38_143685_box_Incident_Summaries_101-172
Agency: Department of War
Page 167
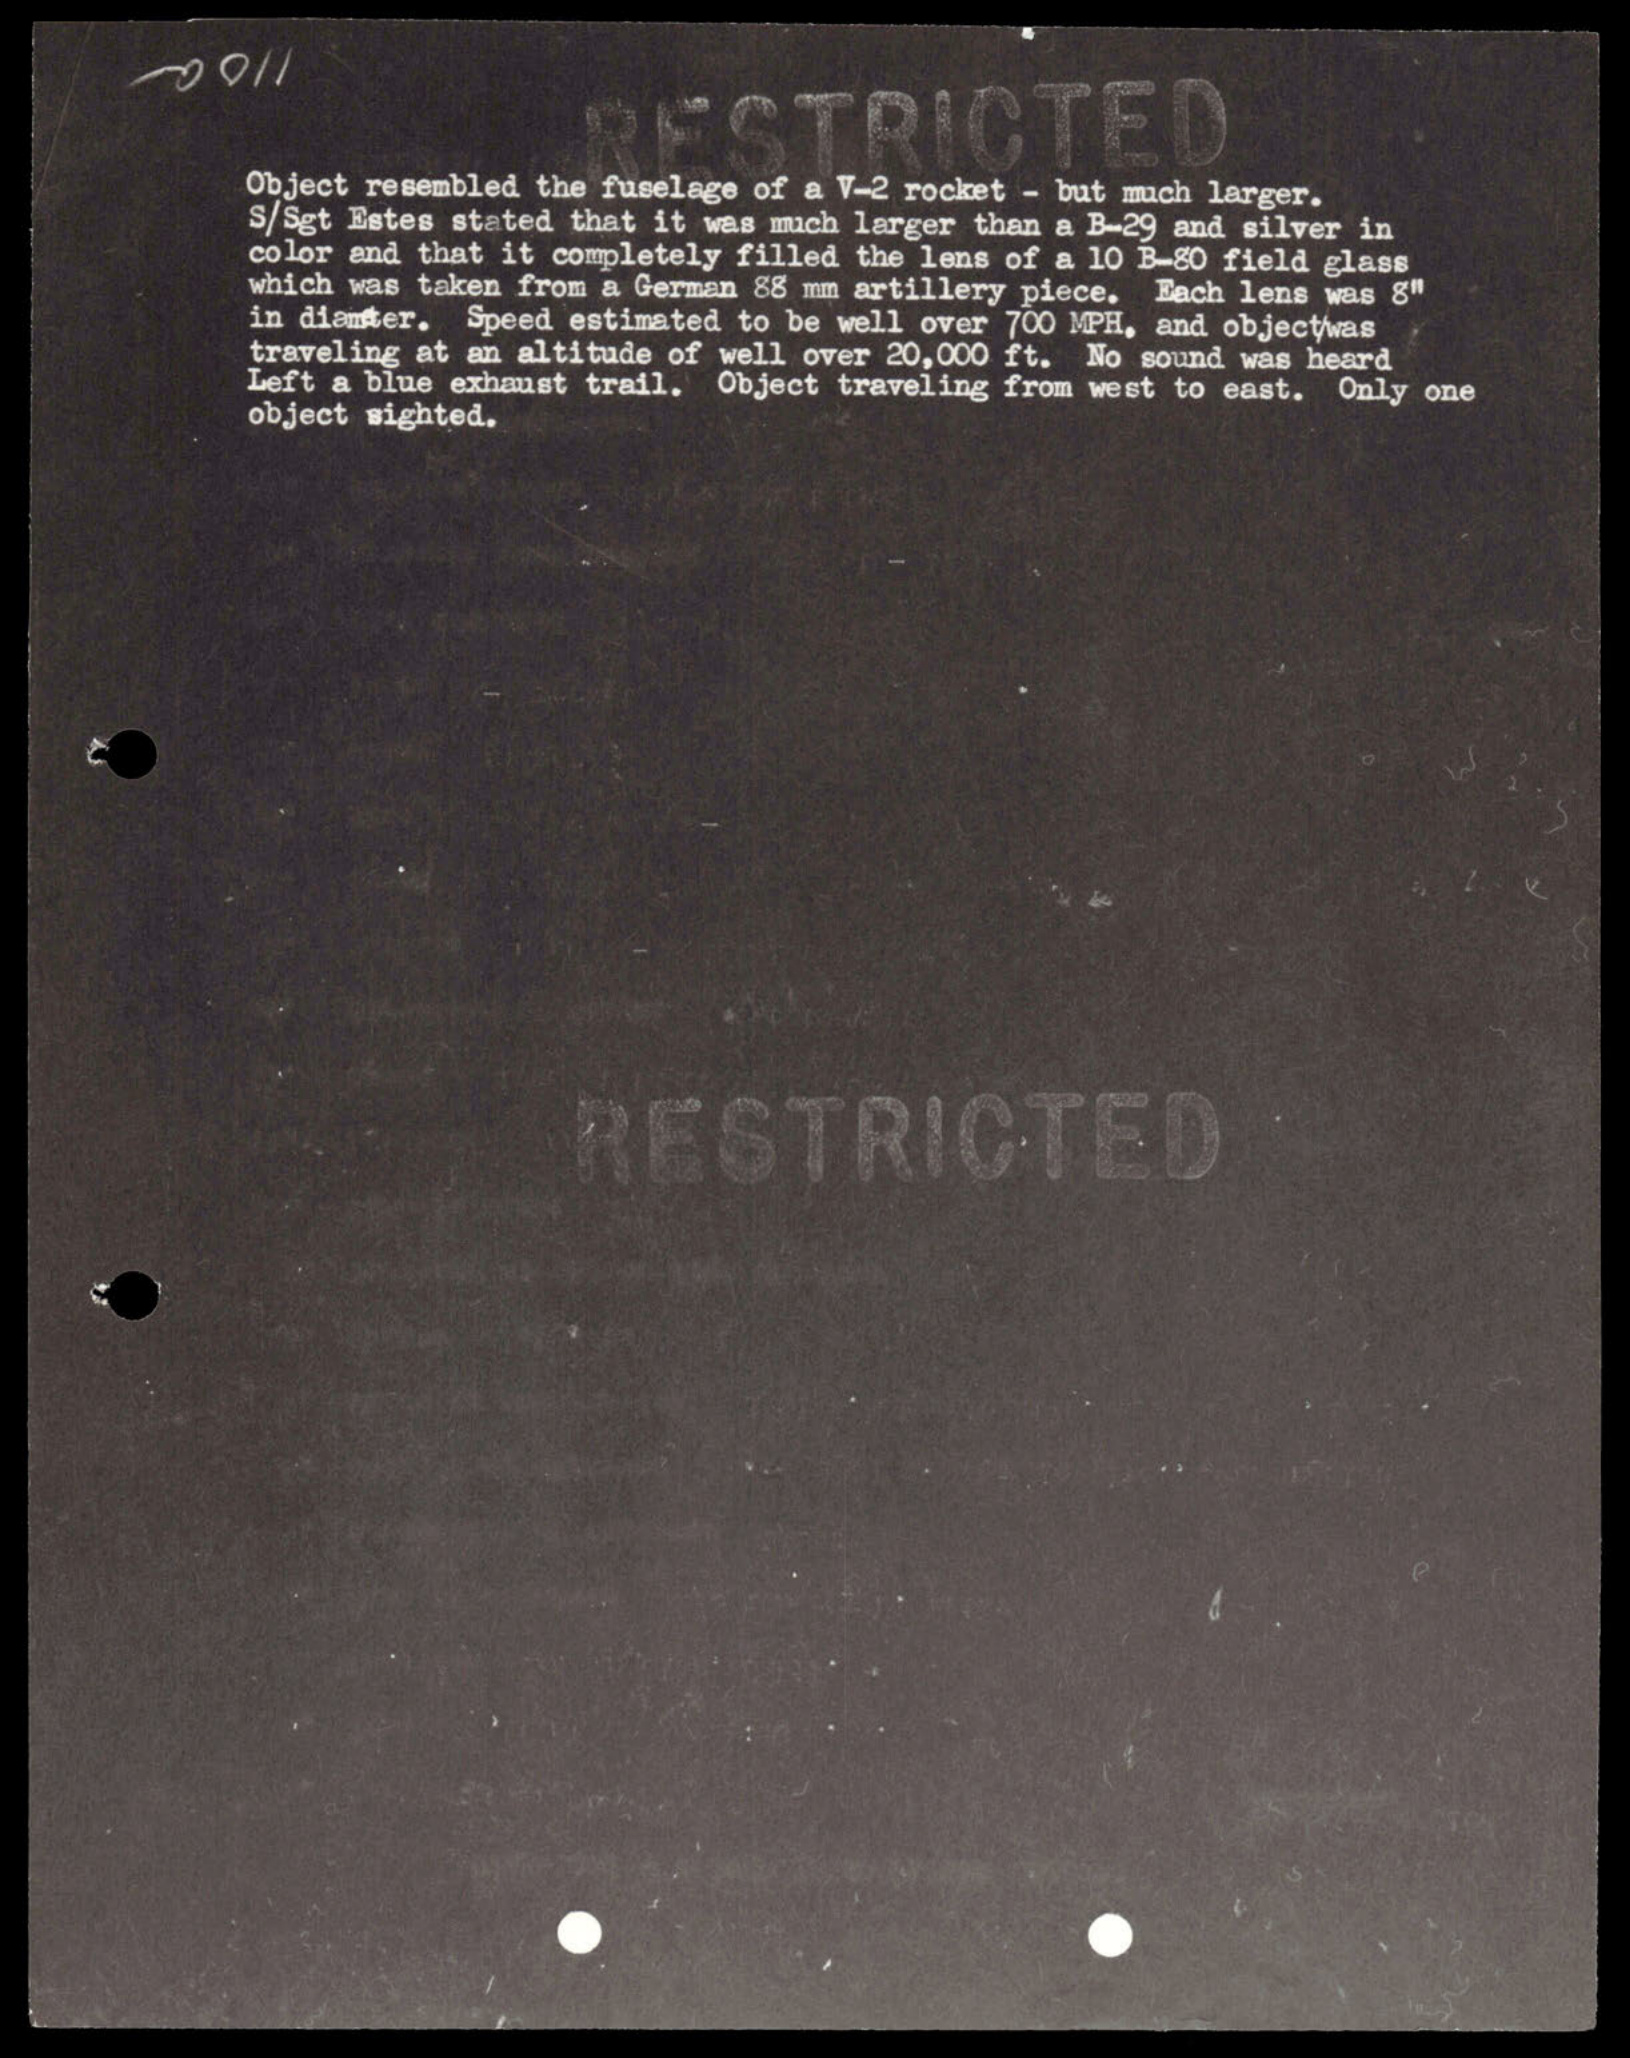